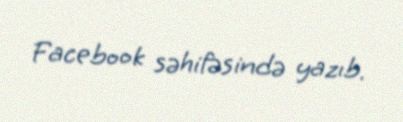
Facebook səhifəsində yazıb.